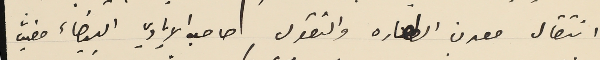
انتقال معدن الطهاره والتقوى صاحب الايادي البيضاء مغيّب